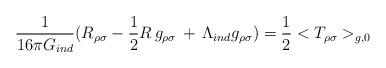
LaTeX: \begin{align*}{1\over{16\pi G_{ind}}}(R_{\rho\sigma}-{1\over 2} R\, g_{\rho\sigma}\, +\,\Lambda_{ind}g_{\rho\sigma}) = {1\over 2}<T_{\rho\sigma}>_{g,0}\end{align*}